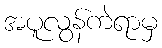
အပူလွန်ကဲရာမှ